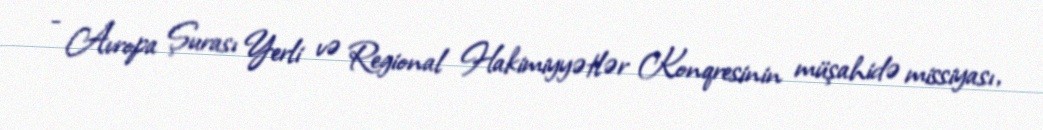
- Avropa Şurası Yerli və Regional Hakimiyyətlər Konqresinin müşahidə missiyası,